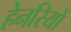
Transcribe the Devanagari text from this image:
हेनरियों